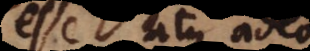
esse, atque adeo